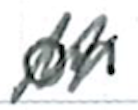
Text: on
Cross-out: zig-zag
Writing tool: ballpoint